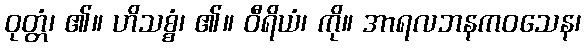
ဝုတ္တံ၊ ၏။ ဟိသစ္စံ၊ ၏။ ဝီရိယံ၊ ကို။ အာရလဘနကဝသေန၊